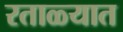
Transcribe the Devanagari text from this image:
रताळ्यात